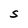
Character: S